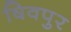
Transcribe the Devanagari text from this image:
षिवपुर